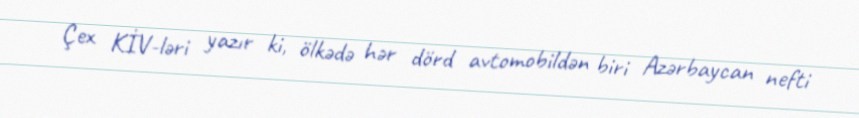
Çex KİV-ləri yazır ki, ölkədə hər dörd avtomobildən biri Azərbaycan nefti